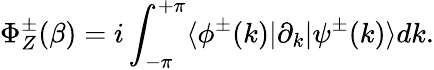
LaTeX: \Phi_{Z}^{\pm}(\beta)=i\int_{-\pi}^{+\pi}\langle\phi^{\pm}(k)|\partial_{k}|\psi^{\pm}(k)\rangle dk.